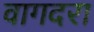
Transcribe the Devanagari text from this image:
वागदरा